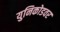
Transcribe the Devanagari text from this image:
युनिकोडवर